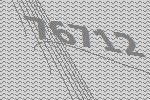
76712